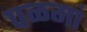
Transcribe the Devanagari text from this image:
पळमां